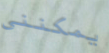
يمكنني